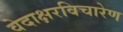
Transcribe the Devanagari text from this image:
वेदाक्षरविचारेण